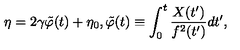
\eta = 2 \gamma \tilde { \varphi } ( t ) + \eta _ { 0 } , \tilde { \varphi } ( t ) \equiv \int _ { 0 } ^ { t } \frac { X ( t ^ { \prime } ) } { f ^ { 2 } ( t ^ { \prime } ) } d t ^ { \prime } ,